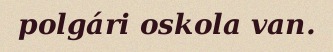
polgári oskola van.